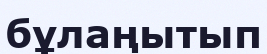
бұлаңытып